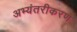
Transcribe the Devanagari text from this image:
अभ्यंतरीकरण